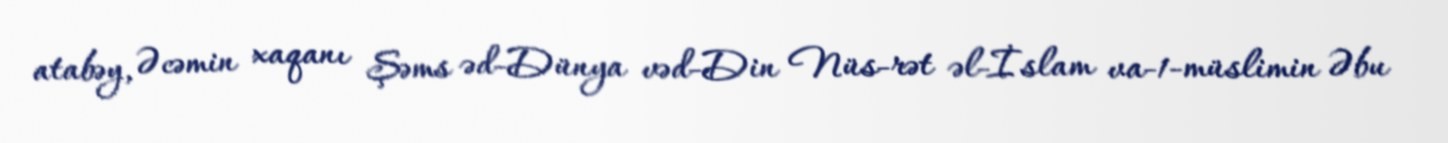
atabəy, Əcəmin xaqanı Şəms əd-Dünya vəd-Din Nüs-rət əl-İslam va-1-müslimin Əbu